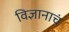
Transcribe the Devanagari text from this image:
विज्ञानाचं